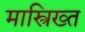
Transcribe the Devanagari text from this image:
मास्त्रिख्त